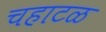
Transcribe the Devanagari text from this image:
चहाटळ